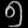
Digit: ၅